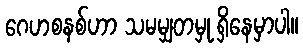
ဂေဟစနစ်ဟာ သမမျှတမှု ရှိနေမှာပါ။